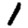
Digit: 1